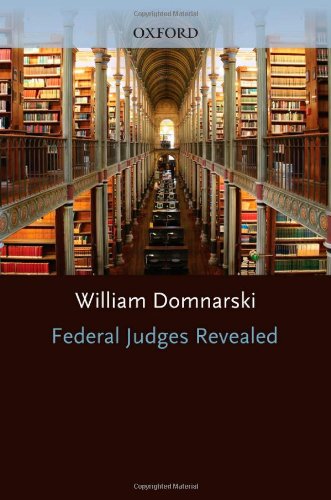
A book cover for Federal Judges Revealed; William Domnarski; Law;